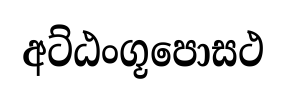
අට්ඨංගූපොසථ